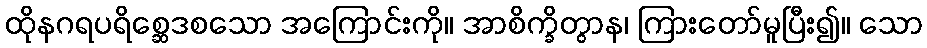
ထိုနဂရပရိစ္ဆေဒစသော အကြောင်းကို။ အာစိက္ခိတွာန၊ ကြားတော်မူပြီး၍။ သော